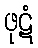
ဖုဋံ